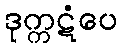
ဒုက္ကဋံပေ